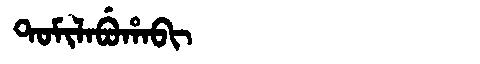
Manchu: ᡨᠣᠮᡳᠯᠠᠪᡠᡥᠠᠪᡳ
Romanization: TOMILABUHABI